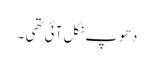
دھوپ نکل آئی تھی ۔